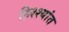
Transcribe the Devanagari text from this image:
हिश्श्यांत